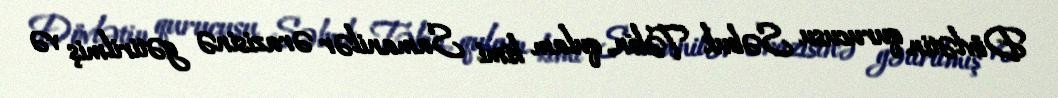
Dövlətin qurucusu Səbuk Təkin, qulam kimi Samanilər ərazisinə gətirilmiş və